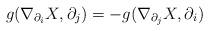
LaTeX: \begin{align*}g(\nabla_{\partial_{i}}X,\partial_{j})=-g(\nabla_{\partial_{j}}X,\partial_{i})\end{align*}